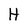
Character: H